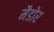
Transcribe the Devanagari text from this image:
मैडोर